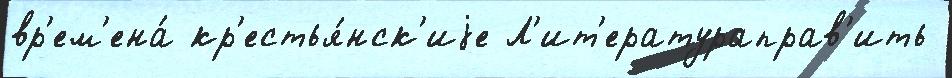
вр'ем'ена́ кр'естья́нск'иjе Л'ит'ератураправ'ить